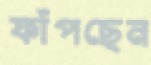
ফাঁপছেন